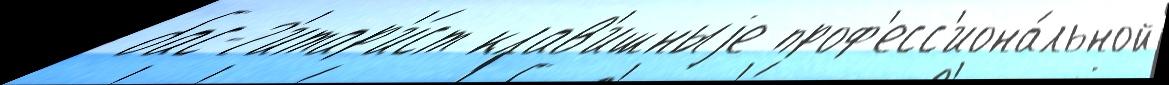
 бас-г'итар'и́ст клав'ишныjе проф'есс'иона́льной